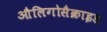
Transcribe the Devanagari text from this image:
औलिगोसैक्राइड